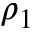
\rho _ { 1 }